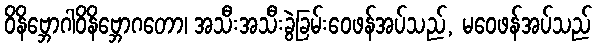
ဝိနိဗ္ဘောဂါဝိနိဗ္ဘောဂတော၊ အသီးအသီးခွဲခြမ်းဝေဖန်အပ်သည်, မဝေဖန်အပ်သည်